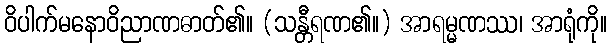
ဝိပါက်မနောဝိညာဏဓာတ်၏။ (သန္တီရဏ၏။) အာရမ္မဏဿ၊ အာရုံကို။